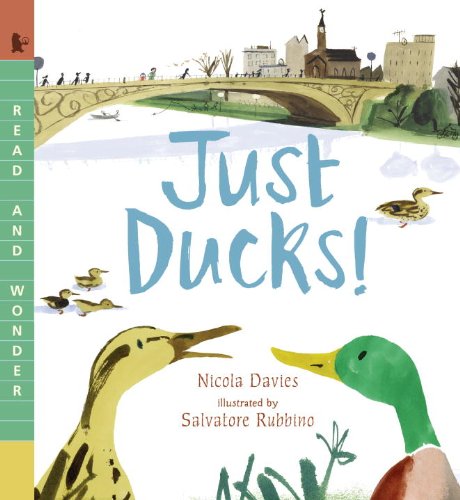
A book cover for Just Ducks! (Read and Wonder); Nicola Davies; Children's Books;